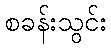
စခန်းသွင်း